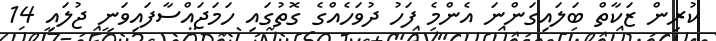
ކުރިން ޒަކާތް ބަލައިގަންނަ އެންމެ ފަހު ދުވަހެއްގެ ގޮތުގައި ހަމަޖައްސާފައިވަނީ ޖުލައި 14